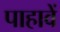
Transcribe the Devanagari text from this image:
पाहावें